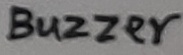
Text: BUZZER